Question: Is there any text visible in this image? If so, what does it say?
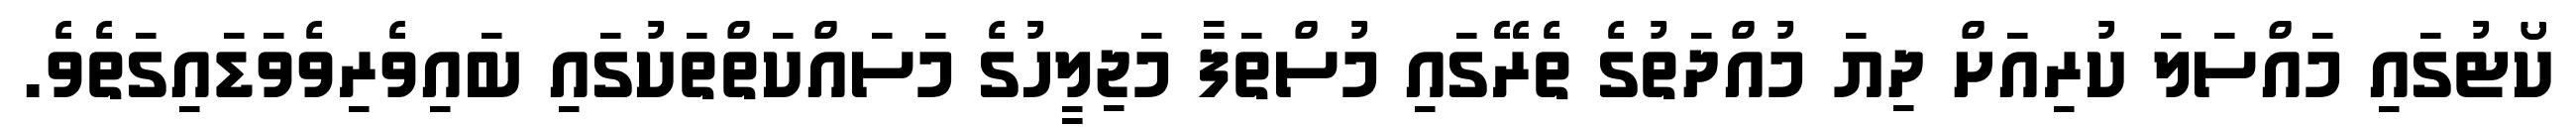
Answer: ކޯޓުގައި މައްސަލަ ކުރިއަށް ދިޔަ މުއްދަތުގެ ތެރޭގައި މުސްތަފާ މަޖިލީހުގެ މަސައްކަތްތަކުގައި ބައިވެރިވެވަޑައިގަތެވެ.